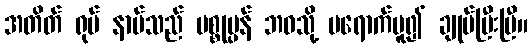
အတိတ် ရုပ် နာမ်သည် ပစ္စုပ္ပန် ဘဝသို့ မရောက်မူ၍ ချုပ်ပြီးပြီ။